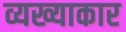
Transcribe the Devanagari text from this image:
व्यख्याकार